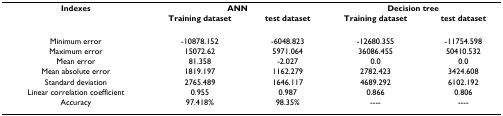
<table><thead><tr><td><b>Indexes</b></td><td colspan="2"><b>ANN</b></td><td colspan="2"><b>Decision tree</b></td></tr><tr><td></td><td><b>Training dataset</b></td><td><b>test dataset</b></td><td><b>Training dataset</b></td><td><b>test dataset</b></td></tr></thead><tbody><tr><td>Minimum error</td><td>-10878.152</td><td>-6048.823</td><td>-12680.355</td><td>-11754.598</td></tr><tr><td>Maximum error</td><td>15072.62</td><td>5971.064</td><td>36086.455</td><td>50410.532</td></tr><tr><td>Mean error</td><td>81.358</td><td>-2.027</td><td>0.0</td><td>0.0</td></tr><tr><td>Mean absolute error</td><td>1819.197</td><td>1162.279</td><td>2782.423</td><td>3424.608</td></tr><tr><td>Standard deviation</td><td>2765.489</td><td>1646.117</td><td>4689.292</td><td>6102.192</td></tr><tr><td>Linear correlation coefficient</td><td>0.955</td><td>0.987</td><td>0.866</td><td>0.806</td></tr><tr><td>Accuracy</td><td>97.418%</td><td>98.35%</td><td>----</td><td>----</td></tr></tbody></table>